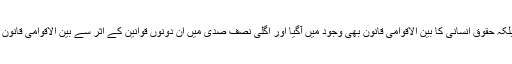
چنانچہ اس کے بعد نہ صرف قانونِ جنگ میں تیزی سے ارتقا ہوا بلکہ حقوقِ انسانی کا بین الاقوامی قانون بھی وجود میں آگیا اور اگلی نصف صدی میں ان دونوں قوانین کے اثر سے بین الاقوامی قانون میں ایک اور اہم شعبے کا اضافہ ہوا : بین الاقوامی فوجداری قانون۔